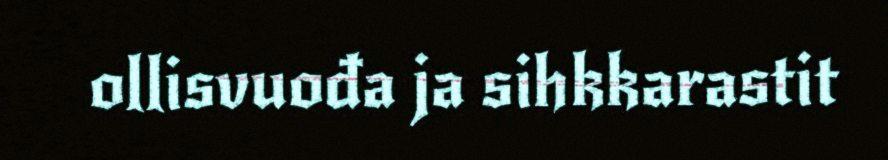
ollisvuođa ja sihkkarastit